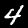
Label: 4